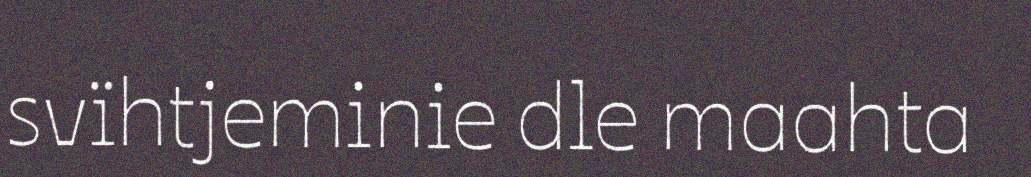
svïhtjeminie dle maahta